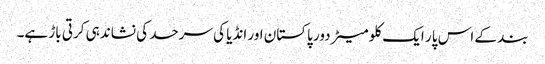
بند کے اس پار ایک کلو میٹر دور پاکستان اور انڈیا کی سرحد کی نشاندہی کرتی باڑ ہے۔